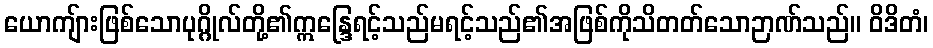
ယောကျ်ားဖြစ်သောပုဂ္ဂိုလ်တို့၏ဣန္ဒြေရင့်သည်မရင့်သည်၏အဖြစ်ကိုသိတတ်သောဉာဏ်သည်။ ဝိဒိတံ၊